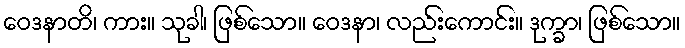
ဝေဒနာတိ၊ ကား။ သုခါ၊ ဖြစ်သော။ ဝေဒနာ၊ လည်းကောင်း။ ဒုက္ခာ၊ ဖြစ်သော။